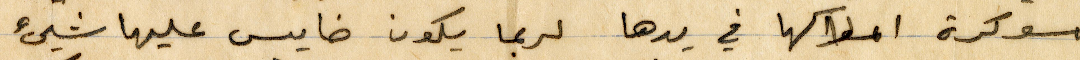
مسوكرة املاكها في يدها لربما يكون خايس عليها شيء